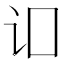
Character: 𬣚